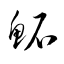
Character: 鮖